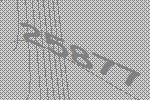
25877